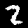
Label: 2